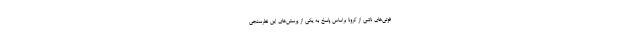
فوتی‌های ناشی از کرونا براساس پاسخ به یکی از پرسش‌های این نظرسنجی